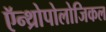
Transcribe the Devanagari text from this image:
ऍन्थ्रोपोलोजिकल